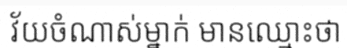
វ័យចំណាស់ម្នាក់ មានឈ្មោះថា